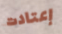
إعتادت